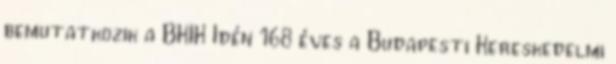
bemutatkozik a BKIK Idén 168 éves a Budapesti Kereskedelmi